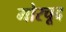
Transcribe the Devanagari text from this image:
मोरचूद